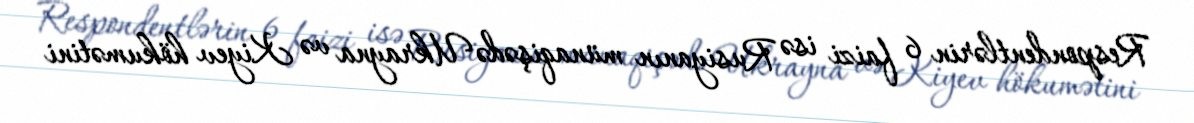
Respondentlərin 6 faizi isə Rusiyanın münaqişədə Ukrayna və Kiyev hökumətini